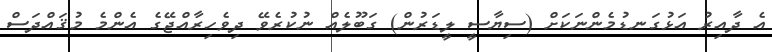
އެ ދާއިރު އަޅުގަނޑުމެންނަކަށް (ސިޔާސީ ލީޑަރުން) ގަބޫލެއް ނުކުރެވޭ ދިވެހިރާއްޖޭގެ އެންމެ މުޤައްދަސް